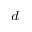
^ d